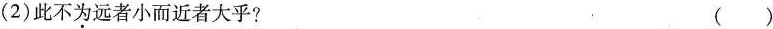
(2)此不为远者小而近者大乎?